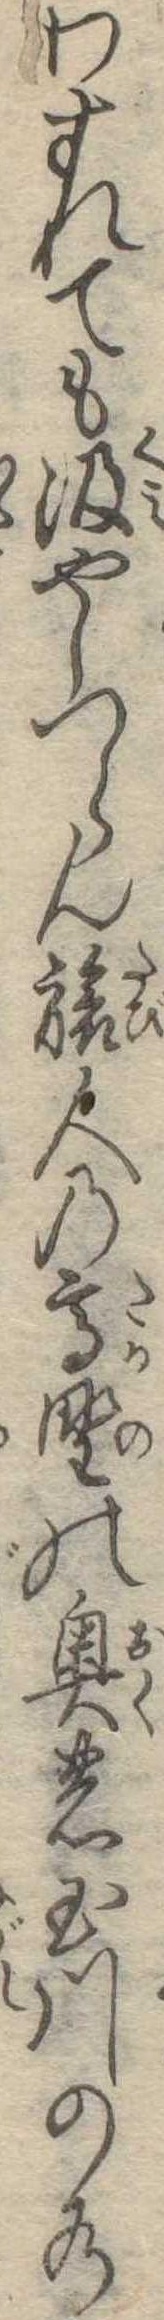
わすれても汲やしつらん旅人の高野の奥の玉川の水